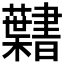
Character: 𮓎